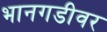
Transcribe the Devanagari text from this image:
भानगडीवर